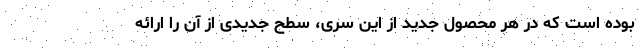
بوده است که در هر محصول جدید از این سری، سطح جدیدی از آن را ارائه